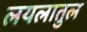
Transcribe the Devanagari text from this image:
लयलातुल